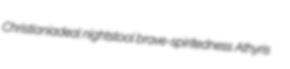
Christianiadeal nightstool brave-spiritedness Athyris